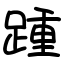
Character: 踵